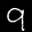
Label: 9